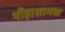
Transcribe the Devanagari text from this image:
पीड़ाशामक